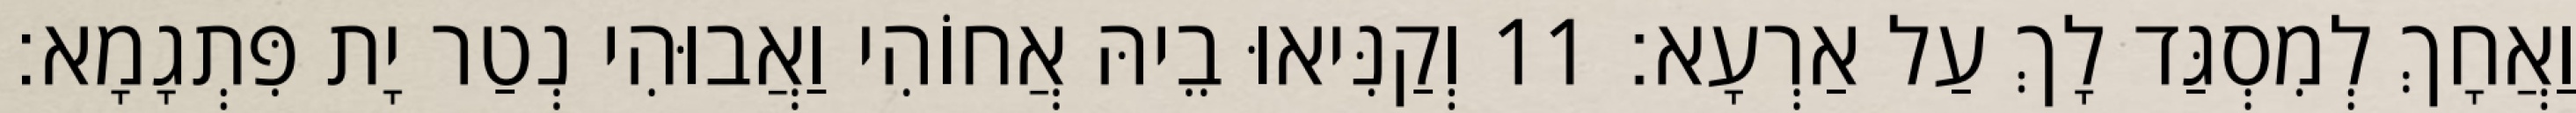
וַאֲחָךְ לְמִסְגַּד לָךְ עַל אַרְעָא׃ 11 וְקַנִּיאוּ בֵיהּ אֲחוֹהִי וַאֲבוּהִי נְטַר יָת פִּתְגָמָא׃